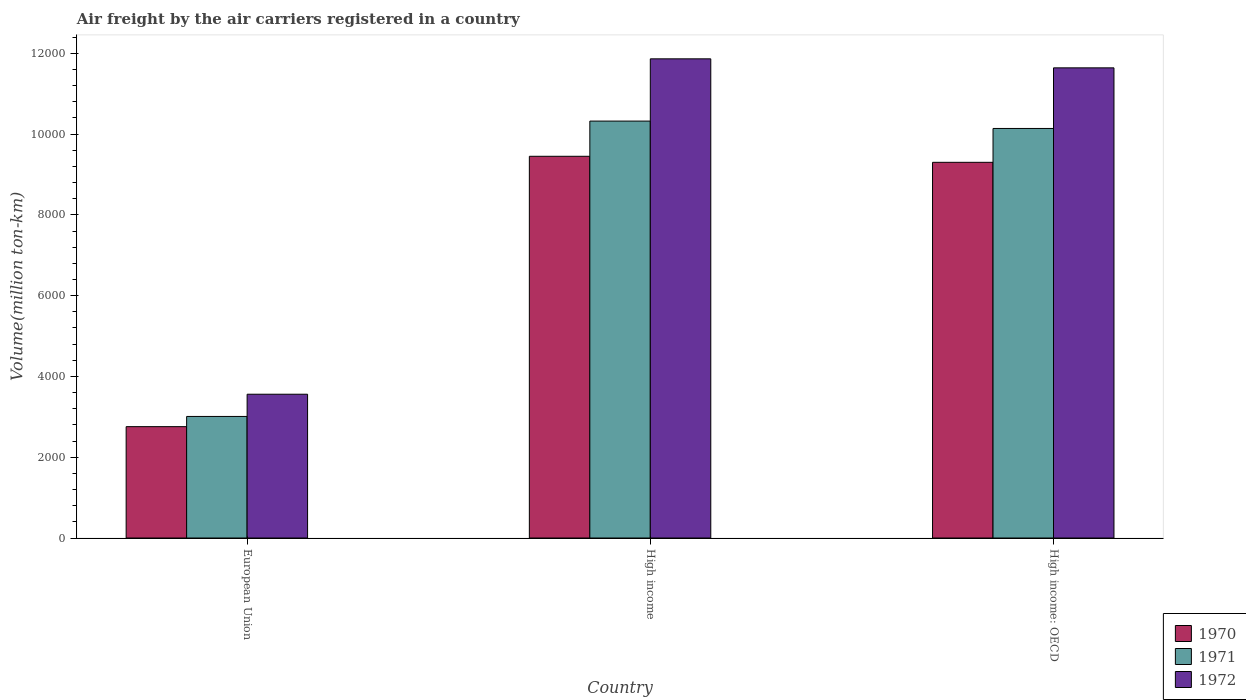
| Country | 1970 | 1971 | 1972 |
 | --- | --- | --- | --- |
 | European Union | 2.76e+03 | 3.01e+03 | 3.56e+03 |
 | High income | 9.45e+03 | 1.03e+04 | 1.19e+04 |
 | High income: OECD | 9.3e+03 | 1.01e+04 | 1.16e+04 |